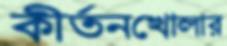
কীর্তনখোলার